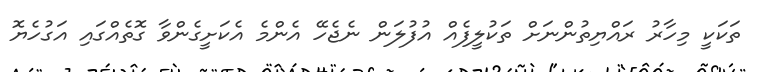
ތަކަކީ މިހާރު ރައްޔިތުންނަށް ތަކުލީފެއް އުފުލަން ނެޖެހޭ އެންމެ އެކަށީގެންވާ ގޮތެއްގައި އަގުހެޔޮ